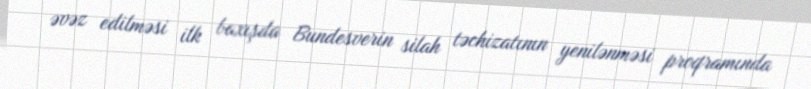
əvəz edilməsi ilk baxışda Bundesverin silah təchizatının yenilənməsi proqramında